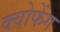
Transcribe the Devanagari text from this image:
क्वोफेंग